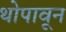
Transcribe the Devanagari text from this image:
थोपावून